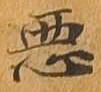
悪